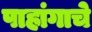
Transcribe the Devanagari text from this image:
पाहांगाचे